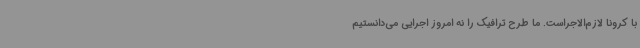
با کرونا لازم‌الاجراست. ما طرح ترافیک را نه امروز اجرایی می‌دانستیم